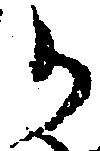
か